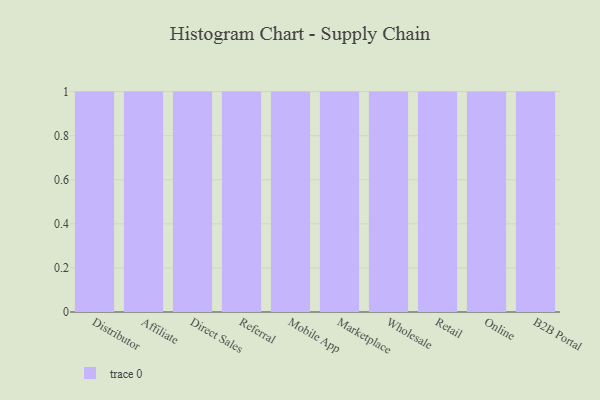
{"axis": {"x": "Channel", "y": "Satisfaction Score"}, "legend": [""], "data": [{"x": "Distributor", "y": 100, "type": ""}, {"x": "Affiliate", "y": 82, "type": ""}, {"x": "Direct Sales", "y": 47, "type": ""}, {"x": "Referral", "y": 87, "type": ""}, {"x": "Mobile App", "y": 49, "type": ""}, {"x": "Marketplace", "y": 50, "type": ""}, {"x": "Wholesale", "y": 27, "type": ""}, {"x": "Retail", "y": 16, "type": ""}, {"x": "Online", "y": 57, "type": ""}, {"x": "B2B Portal", "y": 19, "type": ""}]}